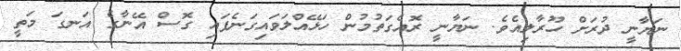
ނަޔާނީ ދުރަށް ހޫރާލިއެވެ. ނަޔާނީ ރޮއެގަތުމުން ހަޅޭއްލަވައިގަނެފައި ގޮސް އޭނާގެ އަނގަ މަތީ